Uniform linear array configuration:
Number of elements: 32
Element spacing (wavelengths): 0.5
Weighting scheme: blackman
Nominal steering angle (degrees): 45
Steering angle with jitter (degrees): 46.226
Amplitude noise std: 0.05
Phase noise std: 0.05

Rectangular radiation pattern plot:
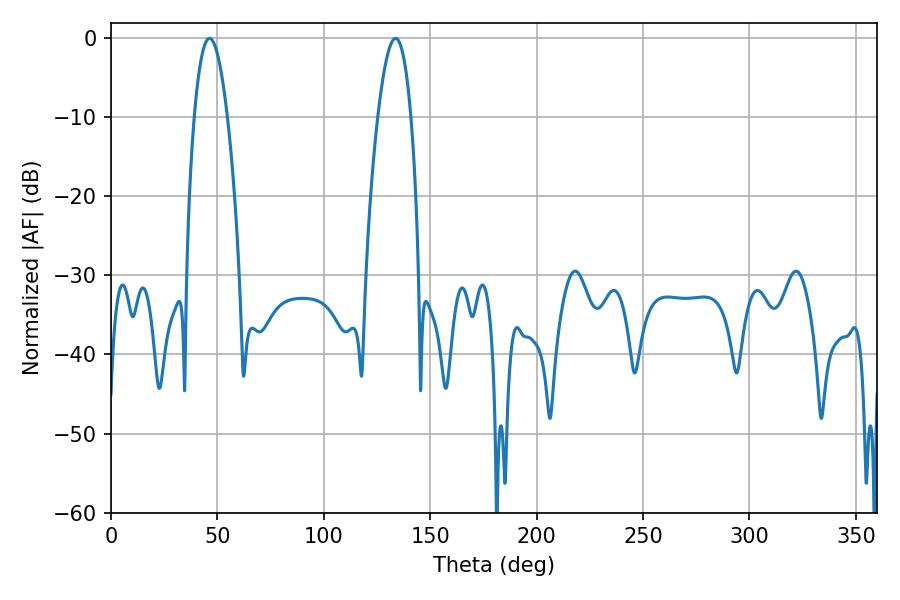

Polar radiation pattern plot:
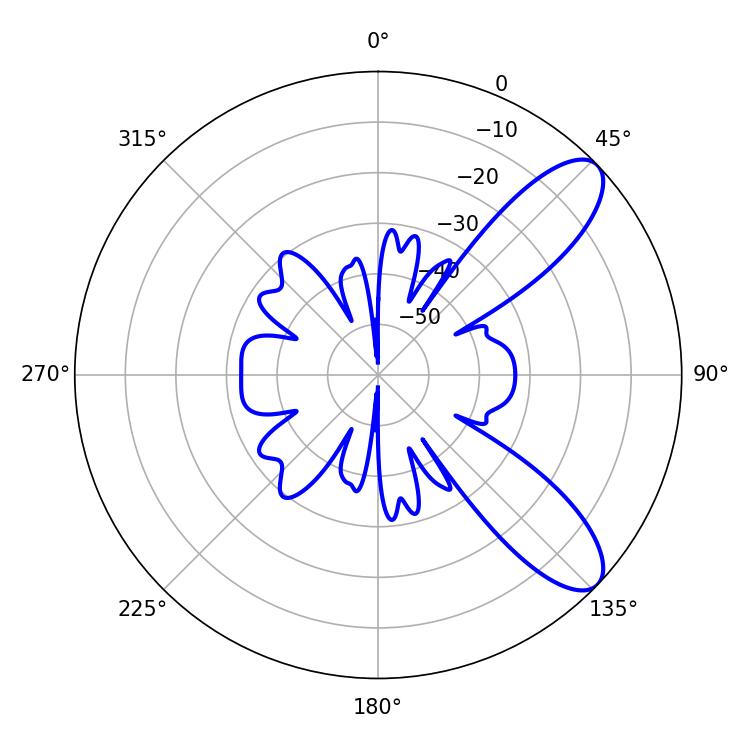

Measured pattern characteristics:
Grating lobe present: FALSE
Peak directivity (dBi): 9.339
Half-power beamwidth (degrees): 8.64
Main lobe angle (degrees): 46.26